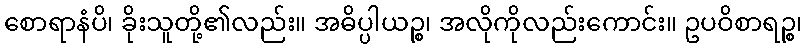
စောရာနံပိ၊ ခိုးသူတို့၏လည်း။ အဓိပ္ပါယဉ္စ၊ အလိုကိုလည်းကောင်း။ ဥပဝိစာရဉ္စ၊